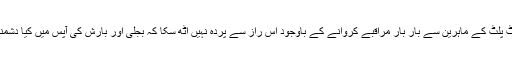
…. کاٹ پلٹ کے ماہرین سے بار بار مراقبے کروانے کے باوجود اِس راز سے پردہ نہیں اُٹھ سکا کہ بجلی اور بارش کی آپس میں کیا دشمنی ہے ؟